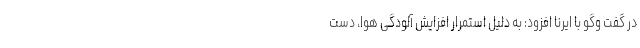
در گفت وگو با ایرنا افزود: به دلیل استمرار افزایش آلودگی هوا، دست